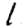
Digit: 1